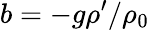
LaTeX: b=-g\rho^{\prime}/\rho_{0}